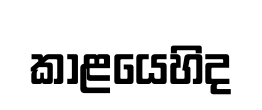
කාළයෙහිද